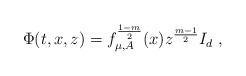
LaTeX: \begin{align*}\Phi(t,x,z)=f_{\mu,A}^{\frac{1-m}{2}}(x)z^{\frac{m-1}{2}}I_d\ ,\end{align*}